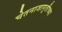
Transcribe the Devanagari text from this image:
चेतनाजागृतीच्या